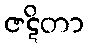
ဇဋိတာ